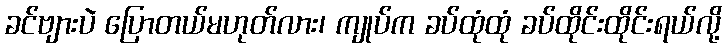
ခင်ဗျားပဲ ပြောတယ်မဟုတ်လား၊ ကျုပ်က ခပ်ထုံထုံ ခပ်ထိုင်းထိုင်းရယ်လို့